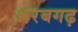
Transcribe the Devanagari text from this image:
अरबगढ़